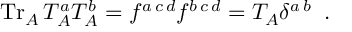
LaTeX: \mathrm { T r } _ { A } \, T _ { A } ^ { a } T _ { A } ^ { b } = f ^ { a \, c \, d } f ^ { b \, c \, d } = T _ { A } \delta ^ { a \, b } \; \; .